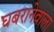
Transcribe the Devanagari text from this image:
घबरानेवाला